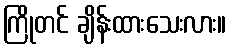
ကြိုတင် ချိန်းထားသေးလား။